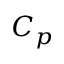
C _ { p }